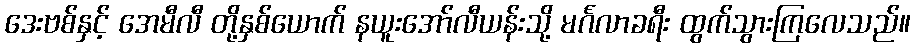
ဒေးဗစ်နှင့် အေမီလီ တို့နှစ်ယောက် နယူးအော်လီယန်းသို့ မင်္ဂလာခရီး ထွက်သွားကြလေသည်။